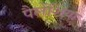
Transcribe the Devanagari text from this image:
पैलेंशिया